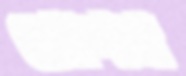
সোপর